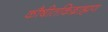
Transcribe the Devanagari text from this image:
कौषीतकिब्राह्मण